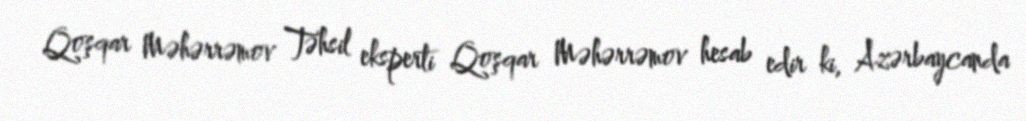
Qoşqar Məhərrəmov Təhsil eksperti Qoşqar Məhərrəmov hesab edir ki, Azərbaycanda